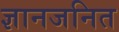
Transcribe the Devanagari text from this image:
ज्ञानजनित